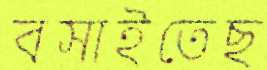
বসাইতেছ